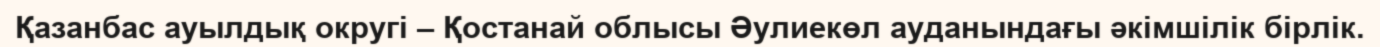
Қазанбас ауылдық округі – Қостанай облысы Әулиекөл ауданындағы әкімшілік бірлік.